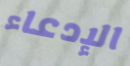
الإدعاء